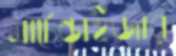
মার্চেন্ডাইজার